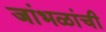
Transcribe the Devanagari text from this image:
जांभळांची